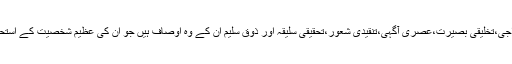
ان کی شگفتہ مزاجی،تخلیقی بصیرت،عصری آگہی،تنقیدی شعور،تحقیقی سلیقہ اور ذوق سلیم ان کے وہ اوصاف ہیں جو ان کی عظیم شخصیت کے استحکام کی دلیل ہیں۔